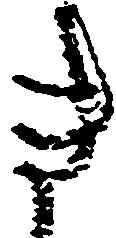
き